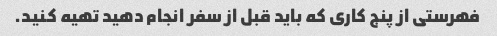
فهرستی از پنج کاری که باید قبل از سفر انجام دهید تهیه کنید.